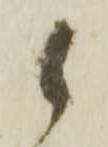
候